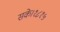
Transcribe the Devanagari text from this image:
सके।१८१५